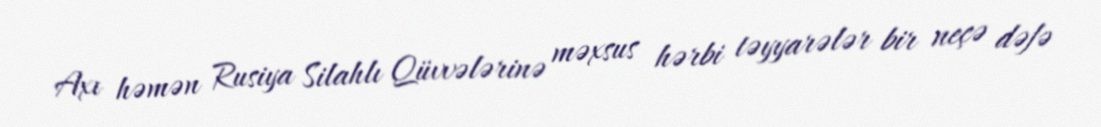
Axı həmən Rusiya Silahlı Qüvvələrinə məxsus hərbi təyyarələr bir neçə dəfə